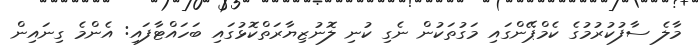
މާލެ ސާފުކުރުމުގެ ކެމްޕޭންގައި މަގުތަކުން ނެގި ކުނި ލޮނުޒިޔާރަތްކޮޅުގައި ބަހައްޓާފައި: އެންމެ ގިނައިން